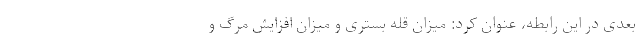
بعدی در این رابطه، عنوان کرد: میزان قله بستری و میزان افزایش مرگ و